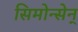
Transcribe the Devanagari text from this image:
सिमोन्सेन्